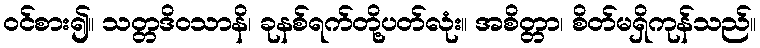
ဝင်စား၍။ သတ္တဒိဝသာနိ၊ ခုနစ်ရက်တို့ပတ်လုံး။ အစိတ္တာ၊ စိတ်မရှိကုန်သည်။